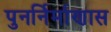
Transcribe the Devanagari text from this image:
पुनर्निर्माणास